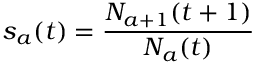
s _ { a } ( t ) = \frac { N _ { a + 1 } ( t + 1 ) } { N _ { a } ( t ) }